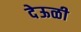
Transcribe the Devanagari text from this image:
देऊळी